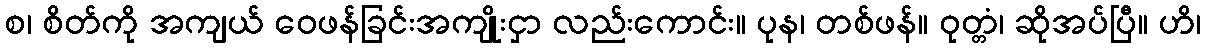
စ၊ စိတ်ကို အကျယ် ဝေဖန်ခြင်းအကျိုးငှာ လည်းကောင်း။ ပုန၊ တစ်ဖန်။ ဝုတ္တံ၊ ဆိုအပ်ပြီ။ ဟိ၊